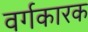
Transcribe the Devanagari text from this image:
वर्गकारक